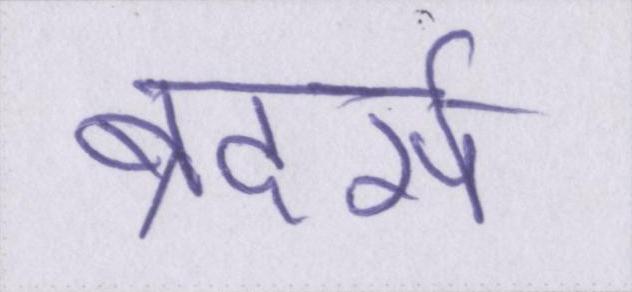
ब्रदर्स